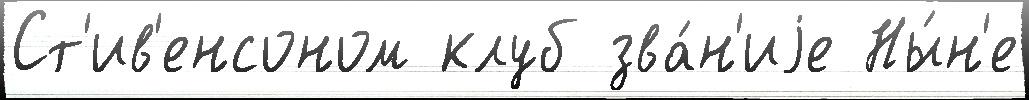
Ст'ив'енсоном клуб зва́н'иjе Ны́н'е